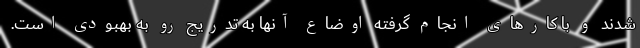
شدند و با کارهای انجام گرفته اوضاع آنها به تدریج رو به بهبودی است.